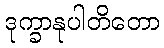
ဒုက္ခာနုပါတိတော